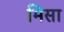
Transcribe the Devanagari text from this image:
मिसा